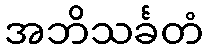
အဘိသင်္ခတံ